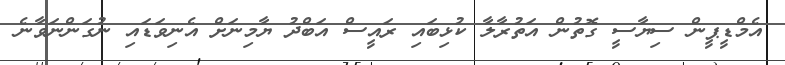
އެމްޑީޕީން ސިޔާސީ ގޮތުން އަތުރާލާ ކުޅިބައި ރައީސް އަބްދު ޔާމިނަށް އެނިވަޑައި ނުގަންނަވާނެ